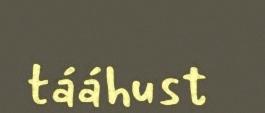
tááhust